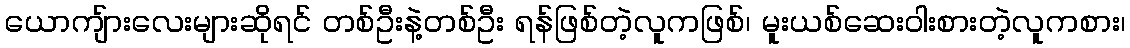
ယောကျ်ားလေးများဆိုရင် တစ်ဦးနဲ့တစ်ဦး ရန်ဖြစ်တဲ့လူကဖြစ်၊ မူးယစ်ဆေးဝါးစားတဲ့လူကစား၊